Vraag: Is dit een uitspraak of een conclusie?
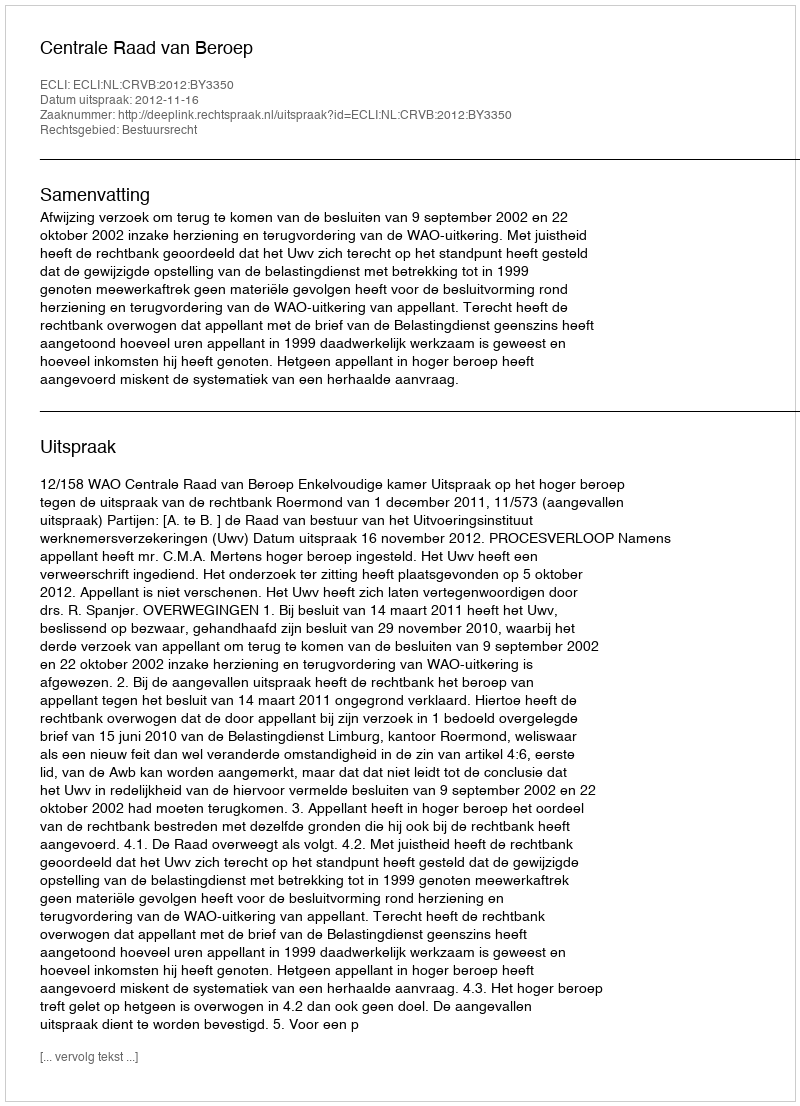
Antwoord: Uitspraak